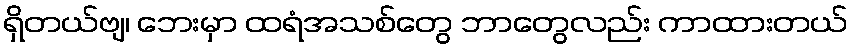
ရှိတယ်ဗျ၊ ဘေးမှာ ထရံအသစ်တွေ ဘာတွေလည်း ကာထားတယ်